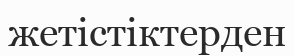
жетістіктерден